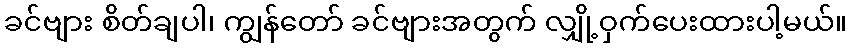
ခင်ဗျား စိတ်ချပါ၊ ကျွန်တော် ခင်ဗျားအတွက် လျှို့ဝှက်ပေးထားပါ့မယ်။